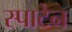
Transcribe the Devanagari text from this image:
स्पाटेन